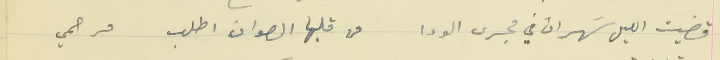
قضيت الليل سَهران في مجرى الودا                    من قلبها الصوان اطلب مرحمي